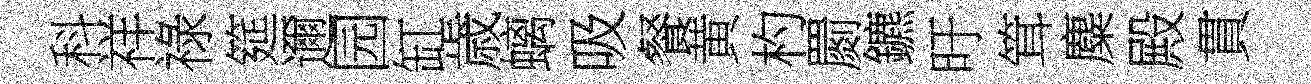
科祥祿筵邇园缸歳螭吸餐黄杓罽鑣旴䇯麋殿貫